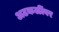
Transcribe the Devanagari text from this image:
अटकळींवर